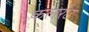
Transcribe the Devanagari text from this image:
कलरेंट